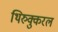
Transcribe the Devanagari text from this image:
थिरुक्कुरल